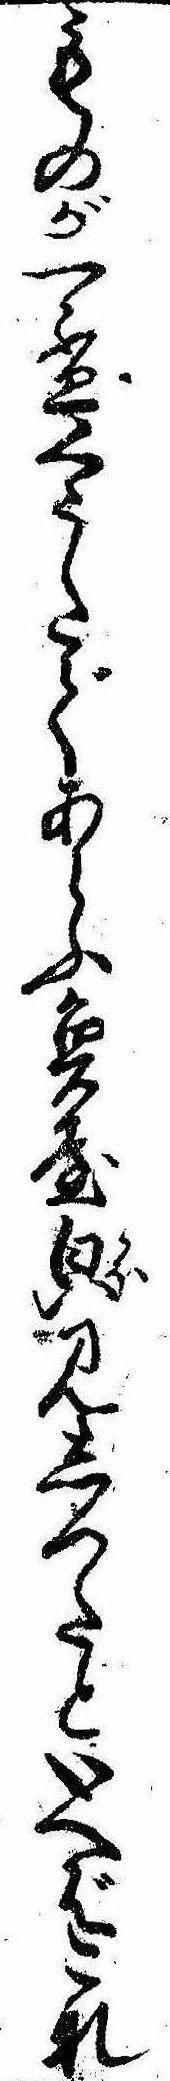
ものが一杯くうたであらふ魚屋㒵見しつたといへばこな